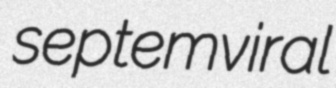
septemviral